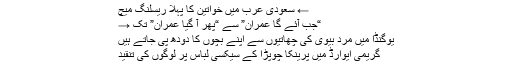
← سعودی عرب میں خواتین کا پہلا ریسلنگ میچ
“جب آئے گا عمران” سے “پھر آ گیا عمران” تک →
یوگنڈا میں مرد بیوی کی چھاتیوں سے اپنے بچوں کا دودھ پی جاتے ہیں
گریمی ایوارڈ میں پرینکا چوپڑاِ کے سیکسی لباس پر لوگوں کی تنقید